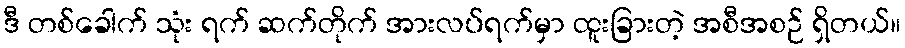
ဒီ တစ်ခေါက် သုံး ရက် ဆက်တိုက် အားလပ်ရက်မှာ ထူးခြားတဲ့ အစီအစဉ် ရှိတယ်။